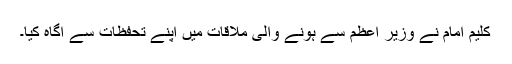
کلیم امام نے وزیر اعظم سے ہونے والی ملاقات میں اپنے تحفظات سے آگاہ کیا۔